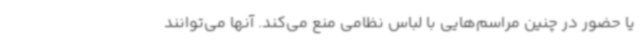
یا حضور در چنین مراسم‌هایی با لباس نظامی منع می‌کند. آنها می‌توانند